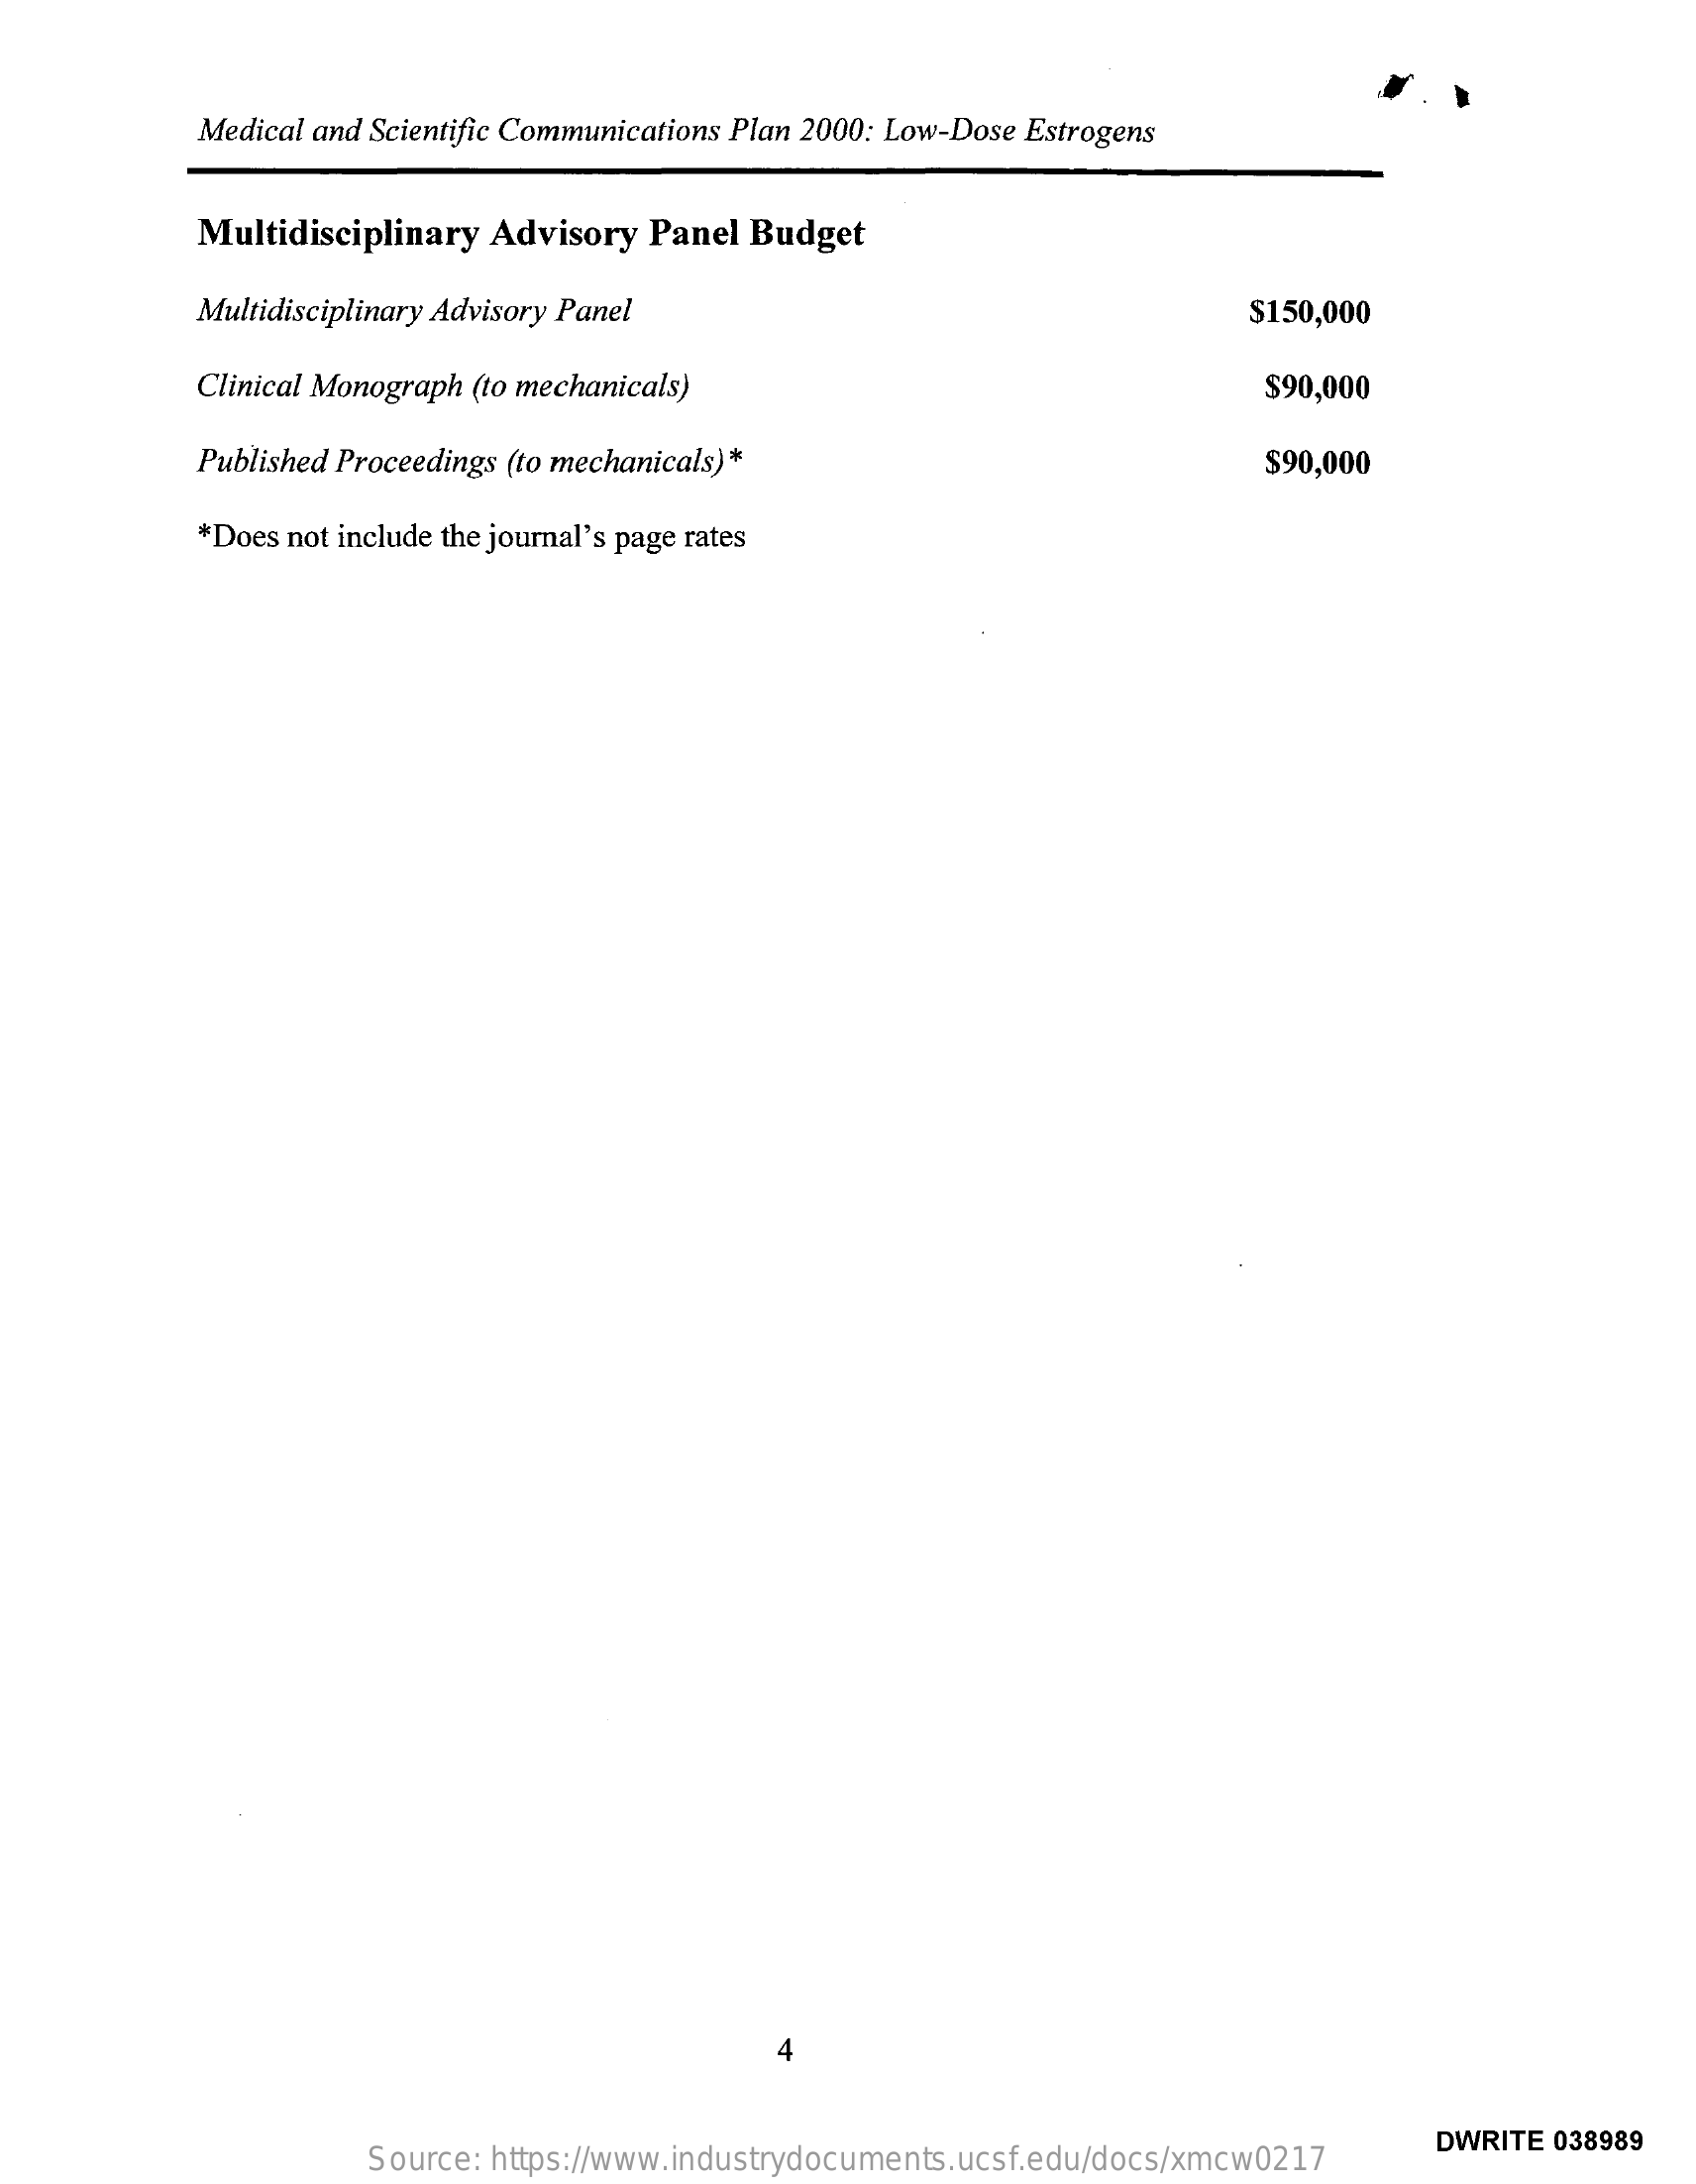
Medical and Scientific Communications Plan 2000: Low-Dose Estrogens
     Multidisciplinary Advisory Panel  Budget
     Multidisciplinary Advisory Panel    $150,000
     Clinical Monograph (to mechanicals)    $90,000
     Published Proceedings (to mechanicals)*    $90,000
     *Does not include the journal's page rates
     Source: https://www.industrydocuments.ucsf.edu/docs/xmcw0217
     DWRITE 038989